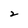
Character: 2